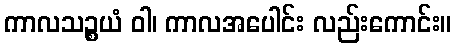
ကာလသဉ္စယံ ဝါ၊ ကာလအပေါင်း လည်းကောင်း။